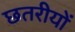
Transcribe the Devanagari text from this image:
छतरीयों